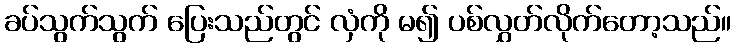
ခပ်သွက်သွက် ပြေးသည်တွင် လှံကို မ၍ ပစ်လွှတ်လိုက်တော့သည်။